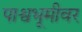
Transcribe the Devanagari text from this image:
पाश्वभूमीवर